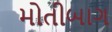
મોતીબાગ